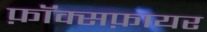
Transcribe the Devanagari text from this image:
फ़ॉक्सफ़ायर